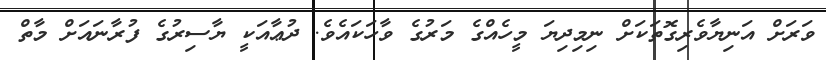
ވަރަށް އަނިޔާވެރިގޮތަކަށް ނިމިދިޔަ މީހެއްގެ މަރުގެ ވާހަކައެވެ. ދުޢާއަކީ ޔާސިރުގެ ފުރާނައަށް މާތް